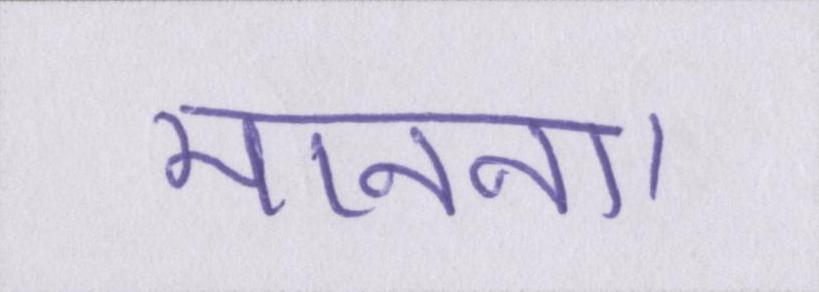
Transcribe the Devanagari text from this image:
मानना।